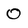
Character: 0